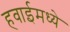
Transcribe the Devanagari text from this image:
हवाईमध्ये